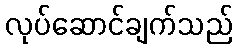
လုပ်ဆောင်ချက်သည်